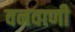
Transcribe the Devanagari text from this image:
वनवाणी